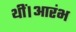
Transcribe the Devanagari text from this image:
थीं।आरंभ